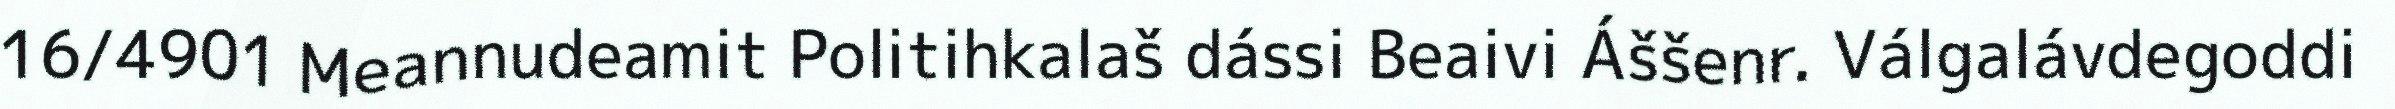
16/4901 Meannudeamit Politihkalaš dássi Beaivi Áššenr. Válgalávdegoddi